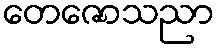
တေဇောသညာ